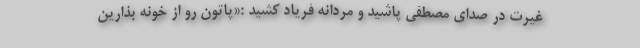
غیرت در صدای مصطفی پاشید و مردانه فریاد کشید :«پاتون رو از خونه بذارین